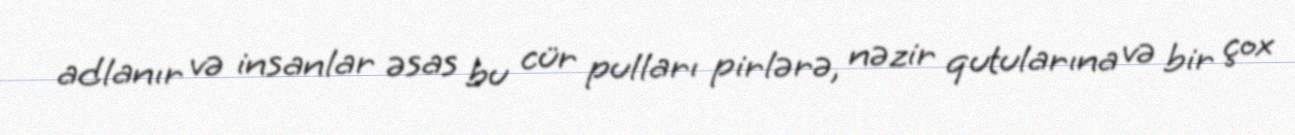
adlanır və insanlar əsas bu cür pulları pirlərə, nəzir qutularına və bir çox